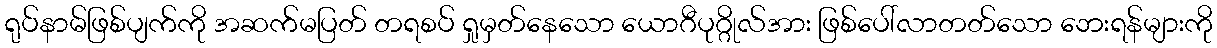
ရုပ်နာမ်ဖြစ်ပျက်ကို အဆက်မပြတ် တရစပ် ရှုမှတ်နေသော ယောဂီပုဂ္ဂိုလ်အား ဖြစ်ပေါ်လာတတ်သော ဘေးရန်များကို